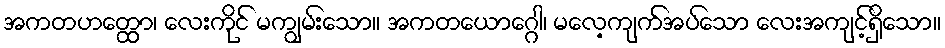
အကတဟတ္ထော၊ လေးကိုင် မကျွမ်းသော။ အကတယောဂ္ဂေါ၊ မလေ့ကျက်အပ်သော လေးအကျင့်ရှိသော။